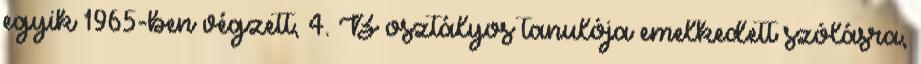
egyik 1965-ben végzett, 4. B osztályos tanulója emelkedett szólásra,